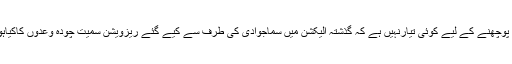
یہ پوچھنے کے لیے کوئی تیارنہیں ہے کہ گذشتہ الیکشن میں سماجوادی کی طرف سے کیے گئے ریزویشن سمیت چودہ وعدوں کاکیاہوا؟